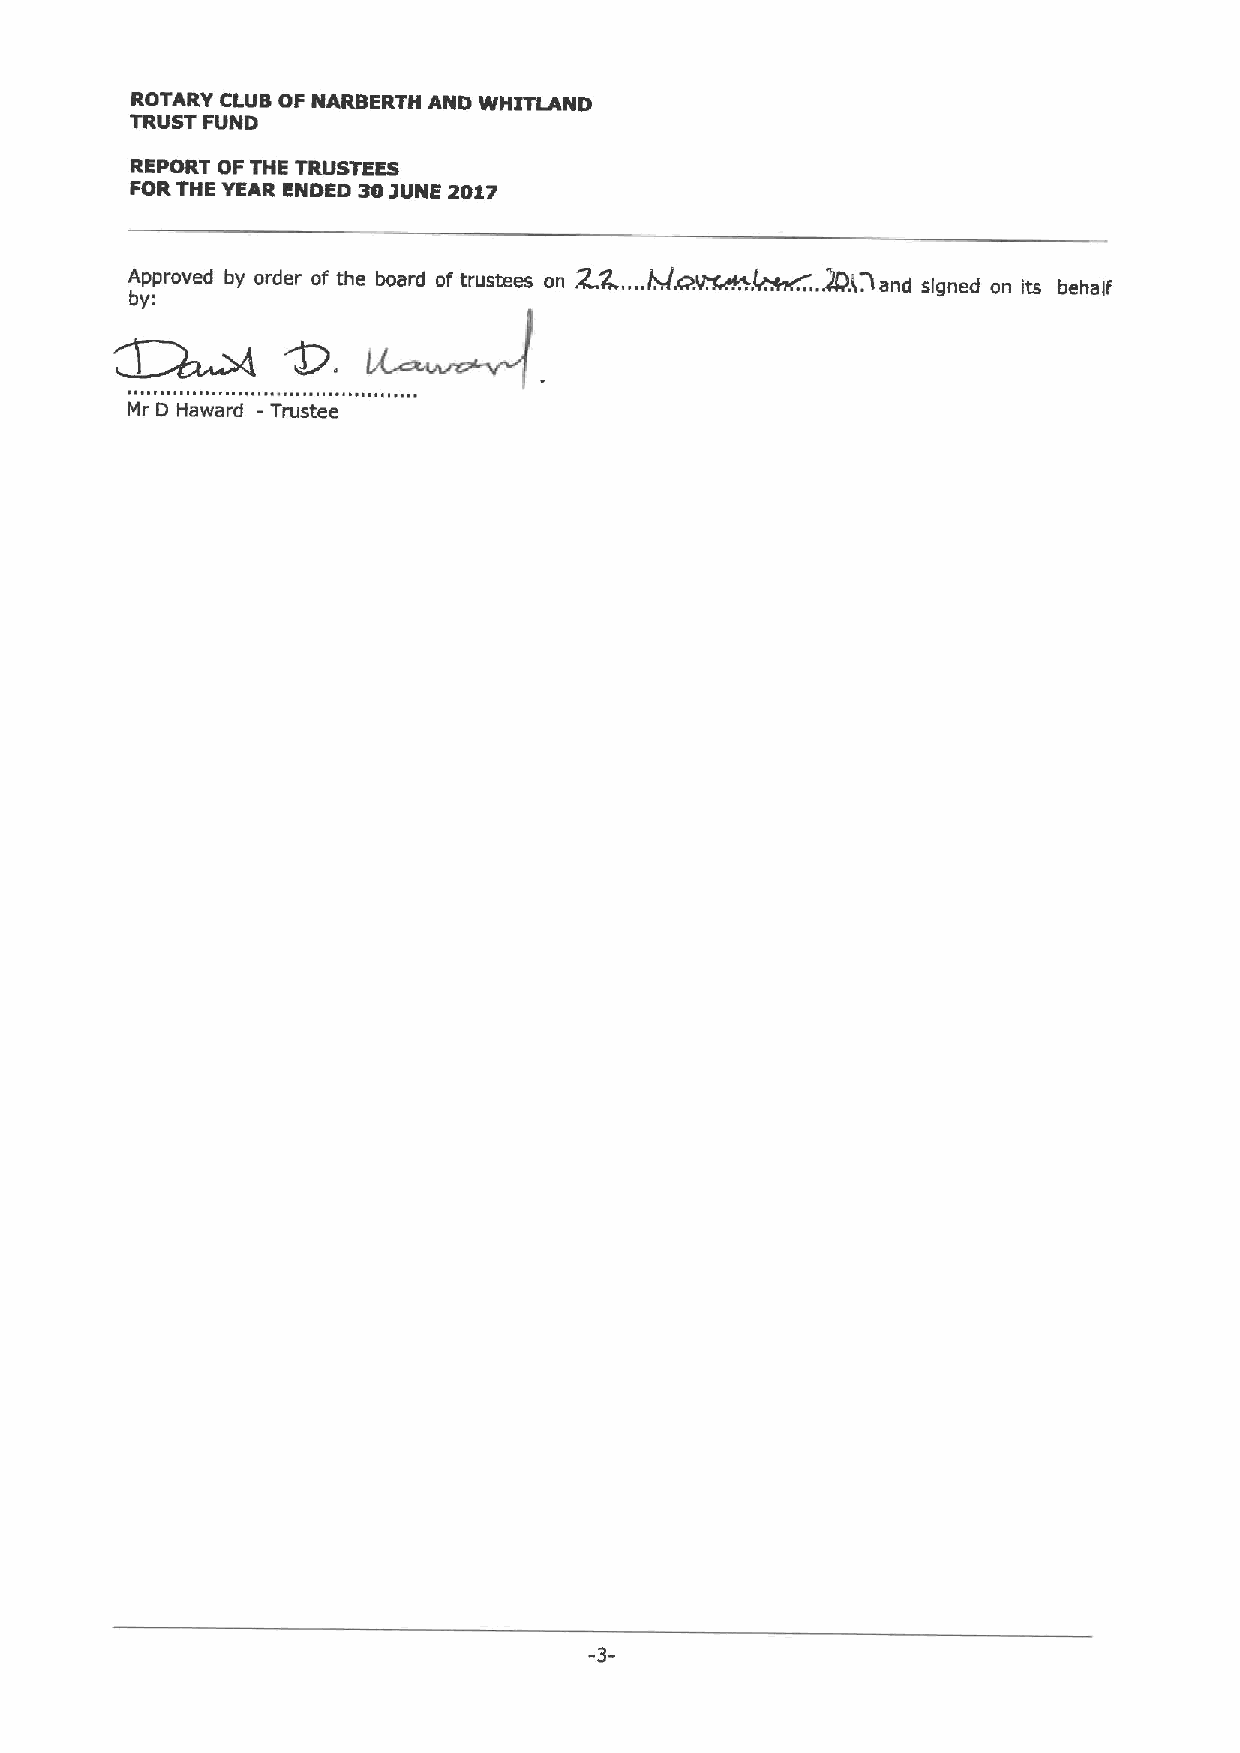
ROTARY CLUE OF NARSERTH AND WHITLAND
 TRUST FUND
 REPORT OF THE TRUSTEES
 FORTHE YEAR ENDED 30IUNE 2017
 LIC!~~.
 Approved by order of the board of trustees on ZX. ... AB,. land signed on its behalf
 by:
 -
 Mr D Haward Trustee